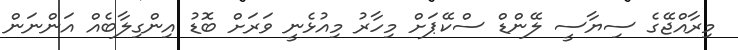
މިރާއްޖޭގެ ސިޔާސީ ލޭންޑް ސްކޭޕަށް މިހާރު މިއުޅެނީ ވަރަށް ބޮޑު އިންގިލާބެއް އަންނަން